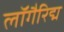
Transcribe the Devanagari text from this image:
लॉगैरिद्म